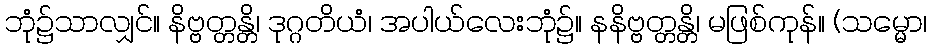
ဘုံ၌သာလျှင်။ နိဗ္ဗတ္တန္တိ၊ ဒုဂ္ဂတိယံ၊ အပါယ်လေးဘုံ၌။ နနိဗ္ဗတ္တန္တိ၊ မဖြစ်ကုန်။ (သမ္မော၊